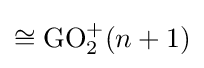
\cong \operatorname {GO} _{2}^{+}(n+1)